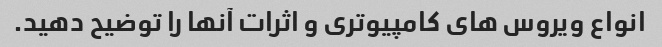
انواع ویروس های کامپیوتری و اثرات آنها را توضیح دهید.